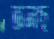
অলছ